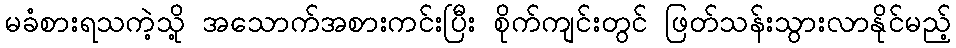
မခံစားရသကဲ့သို့ အသောက်အစားကင်းပြီး စိုက်ကျင်းတွင် ဖြတ်သန်းသွားလာနိုင်မည့်